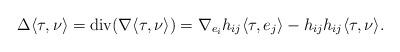
LaTeX: \begin{align*}\Delta \langle \tau,\nu \rangle =\textrm{div}(\nabla \langle \tau,\nu\rangle)= \nabla_{e_i}h_{ij}\langle \tau, e_j \rangle-h_{ij}h_{ij}\langle \tau, \nu \rangle.\end{align*}